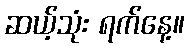
ဆယ့်သုံး ရက်နေ့။